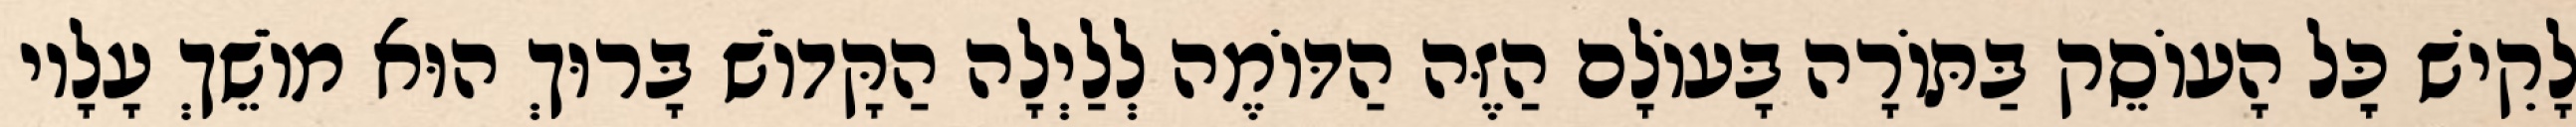
לָקִישׁ כׇּל הָעוֹסֵק בַּתּוֹרָה בָּעוֹלָם הַזֶּה הַדּוֹמֶה לְלַיְלָה הַקָּדוֹשׁ בָּרוּךְ הוּא מוֹשֵׁךְ עָלָיו